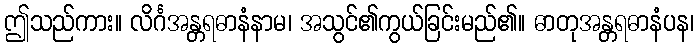
ဤသည်ကား။ လိင်္ဂအန္တရဓာနံနာမ၊ အသွင်၏ကွယ်ခြင်းမည်၏။ ဓာတုအန္တရဓာနံပန၊